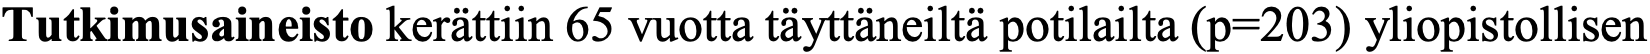
Tutkimusaineisto kerättiin 65 vuotta täyttäneiltä potilailta (p=203) yliopistollisen